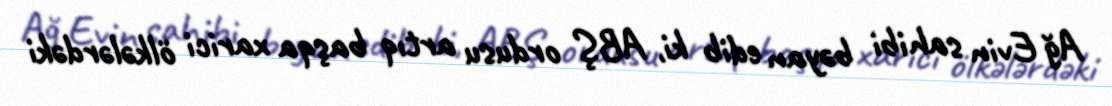
Ağ Evin sahibi bəyan edib ki, ABŞ ordusu artıq başqa xarici ölkələrdəki